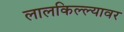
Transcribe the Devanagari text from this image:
लालकिल्ल्यावर